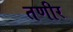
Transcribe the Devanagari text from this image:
तणीर